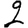
Digit: 2